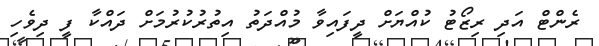
ރެންޓް އަދި ރިޒޯޓު ކުއްޔަށް ދީފައިވާ މުއްދަތު އިތުރުކުރުމަށް ދައްކާ ފީ ދިވެހި